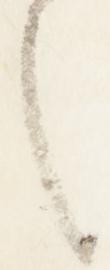
之